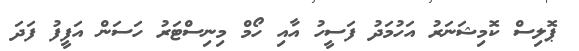
ޕޮލިސް ކޮމިޝަނަރު އަހުމަދު ފަސީހު އާއި ހޯމް މިނިސްޓަރު ހަސަން އަފީފު ފަދަ